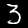
Digit: 3